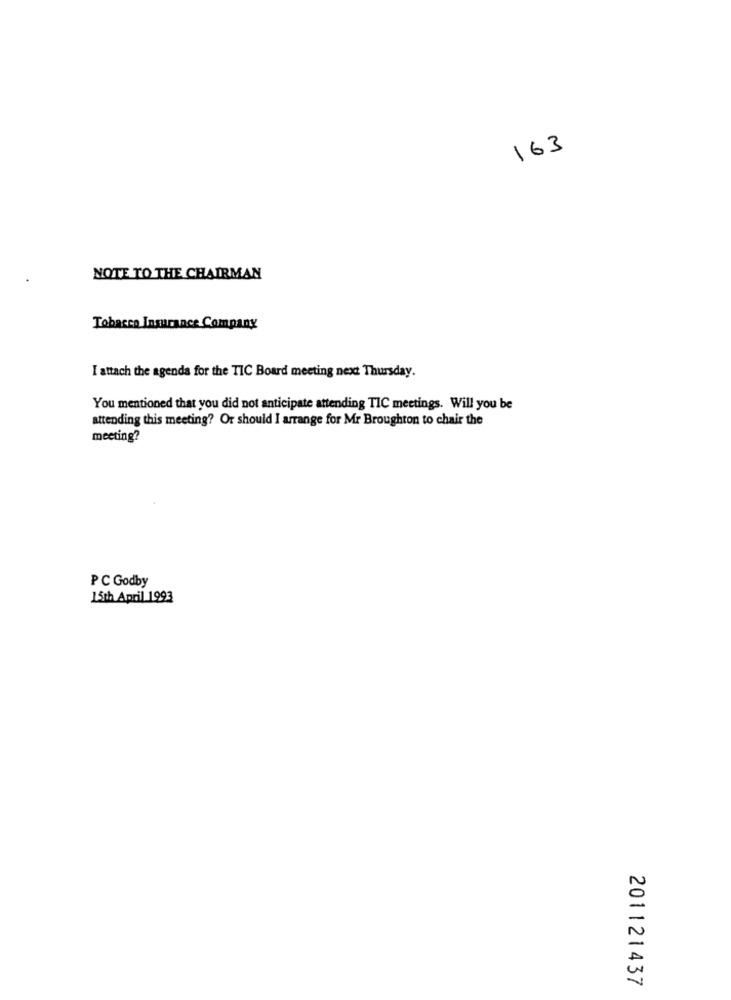
163
NOTE TO THE CHAIRMAN
Tobacco Insurance Company
I attach the agenda for the TIC Board meeting next Thursday.
You mentioned that you did not anticipate attending TIC meetings. Will you be
attending this meeting? Or should I arrange for Mr Broughton to chair the
meeting?
PC Godby
15th April 1993
201121437